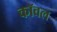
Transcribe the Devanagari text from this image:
कॉवल